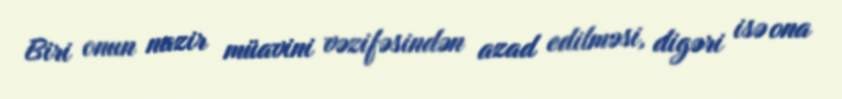
Biri onun nazir müavini vəzifəsindən azad edilməsi, digəri isə ona